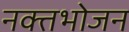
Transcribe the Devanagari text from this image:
नक्तभोजन